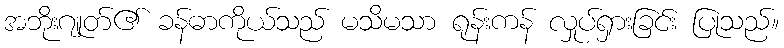
အဘိုးဂျုတ်၏ ခန်ဓာကိုယ်သည် မသိမသာ ရုန်းကန် လှုပ်ရှားခြင်း ပြုသည်။